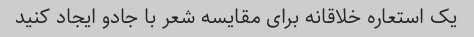
یک استعاره خلاقانه برای مقایسه شعر با جادو ایجاد کنید